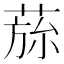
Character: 𮏾